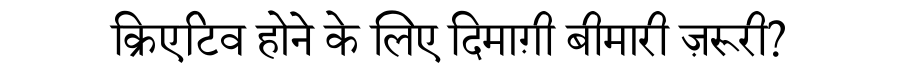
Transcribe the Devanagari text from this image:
क्रिएटिव होने के लिए दिमाग़ी बीमारी ज़रूरी?